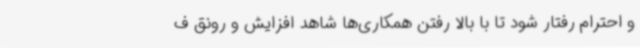
و احترام رفتار شود تا با بالا رفتن همکاری‌ها شاهد افزایش و رونق ف